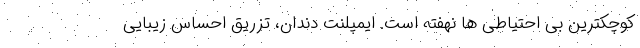
کوچکترین بی احتیاطی ها نهفته است. ایمپلنت دندان، تزریق احساس زیبایی